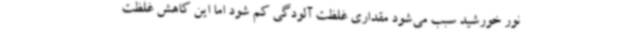
نور خورشید سبب می‌شود مقداری غلظت آلودگی کم شود اما این کاهش غلظت